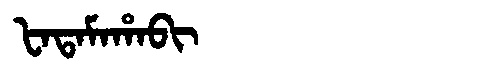
Manchu: ᡶᠠᡨᠠᠮᠠᡥᠠᠪᡳ
Romanization: FATAMAHABI